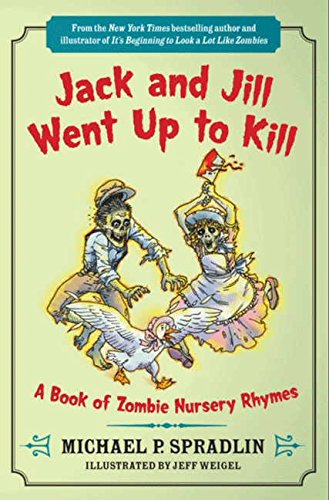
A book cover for Jack and Jill Went Up to Kill: A Book of Zombie Nursery Rhymes; Michael P. Spradlin; Humor & Entertainment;